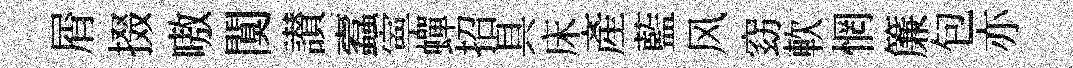
屑掇嗷闃讃蠧寕蟬招具床產藍风窈軟惘簾包亦